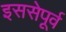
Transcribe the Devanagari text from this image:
इससेपूर्व